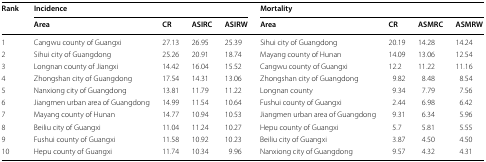
<table><thead><tr><td rowspan="2"><b>Rank</b></td><td colspan="4"><b>Incidence</b></td><td colspan="4"><b>Mortality</b></td></tr><tr><td><b>Area</b></td><td><b>CR</b></td><td><b>ASIRC</b></td><td><b>ASIRW</b></td><td><b>Area</b></td><td><b>CR</b></td><td><b>ASMRC</b></td><td><b>ASMRW</b></td></tr></thead><tbody><tr><td>1</td><td>Cangwu county of Guangxi</td><td>27.13</td><td>26.95</td><td>25.39</td><td>Sihui city of Guangdong</td><td>20.19</td><td>14.28</td><td>14.24</td></tr><tr><td>2</td><td>Sihui city of Guangdong</td><td>25.26</td><td>20.91</td><td>18.74</td><td>Mayang county of Hunan</td><td>14.09</td><td>13.06</td><td>12.54</td></tr><tr><td>3</td><td>Longnan county of Jiangxi</td><td>14.42</td><td>16.04</td><td>15.52</td><td>Cangwu county of Guangxi</td><td>12.2</td><td>11.22</td><td>11.16</td></tr><tr><td>4</td><td>Zhongshan city of Guangdong</td><td>17.54</td><td>14.31</td><td>13.06</td><td>Zhongshan city of Guangdong</td><td>9.82</td><td>8.48</td><td>8.54</td></tr><tr><td>5</td><td>Nanxiong city of Guangdong</td><td>13.81</td><td>11.79</td><td>11.22</td><td>Longnan county</td><td>9.34</td><td>7.79</td><td>7.56</td></tr><tr><td>6</td><td>Jiangmen urban area of Guangdong</td><td>14.99</td><td>11.54</td><td>10.64</td><td>Fushui county of Guangxi</td><td>2.44</td><td>6.98</td><td>6.42</td></tr><tr><td>7</td><td>Mayang county of Hunan</td><td>14.77</td><td>10.94</td><td>10.53</td><td>Jiangmen urban area of Guangdong</td><td>9.31</td><td>6.34</td><td>5.96</td></tr><tr><td>8</td><td>Beiliu city of Guangxi</td><td>11.04</td><td>11.24</td><td>10.27</td><td>Hepu county of Guangxi</td><td>5.7</td><td>5.81</td><td>5.55</td></tr><tr><td>9</td><td>Fushui county of Guangxi</td><td>11.58</td><td>10.92</td><td>10.23</td><td>Beiliu city of Guangxi</td><td>3.87</td><td>4.50</td><td>4.50</td></tr><tr><td>10</td><td>Hepu county of Guangxi</td><td>11.74</td><td>10.34</td><td>9.96</td><td>Nanxiong city of Guangdong</td><td>9.57</td><td>4.32</td><td>4.31</td></tr></tbody></table>